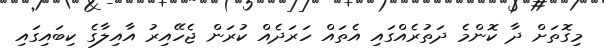
މިގޮތަށް ދާ ކޮންމެ ދަތުރެއްގައި އެތައް ހަރަދެއް ކުރަން ޖެހޭއިރު އާއިލާގެ ކިބައިގައި